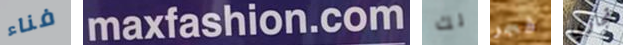
فناء maxfashion.com لك فجر تجاري